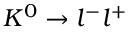
K ^ { 0 } \to l ^ { - } l ^ { + }